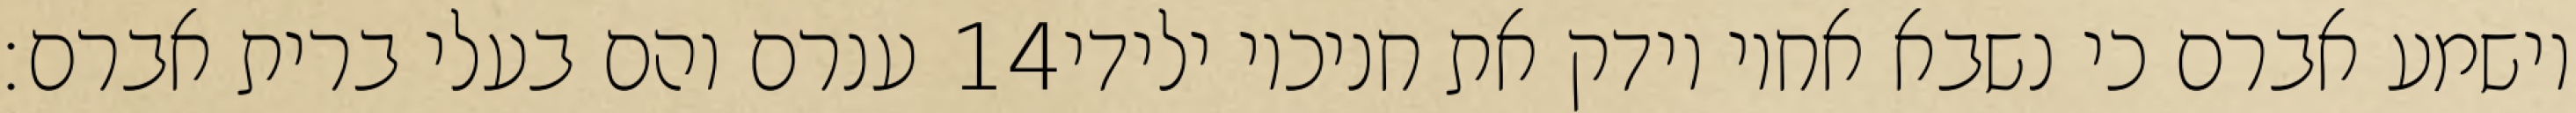
ענרם והם בעלי ברית אברם׃ ‎14‏ וישמע אברם כי נשבא אחיו וידק את חניכיו ילידי